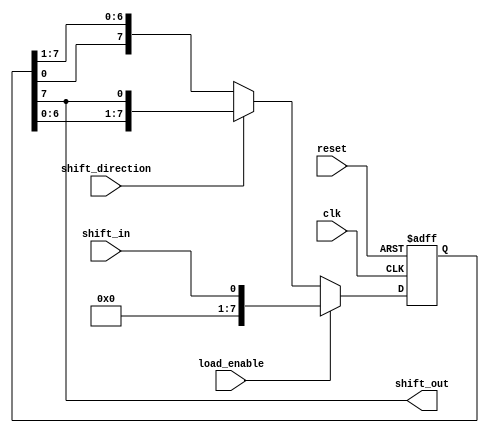
module universal_shift_register (
    input wire clk,
    input wire reset,
    input wire shift_in,
    input wire load_enable,
    input wire shift_direction,
    output reg shift_out
);

reg [7:0] data;

always @(posedge clk or posedge reset) begin
    if (reset) begin
        data <= 8'b0;
    end else begin
        if (load_enable) begin
            data <= shift_in;
        end else begin
            if (shift_direction) begin
                data <= {data[6:0], data[7]};
            end else begin
                data <= {data[0], data[7:1]};
            end
        end
    end
end

assign shift_out = data[7];

endmodule